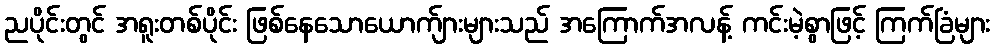
ညပိုင်းတွင် အရူးတစ်ပိုင်း ဖြစ်နေသောယောက်ျားများသည် အကြောက်အလန့် ကင်းမဲ့စွာဖြင့် ကြက်ခြံများ